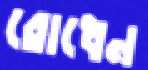
রোধেন